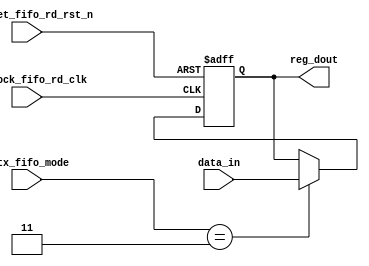
// SPDX-License-Identifier: Apache-2.0
// Copyright (C) 2019 Intel Corporation. 
module aib_adapttxdp_reg (
  input wire         tx_clock_fifo_rd_clk,
  input wire         tx_reset_fifo_rd_rst_n,
  input wire [1:0]   r_tx_fifo_mode,
  input wire [39:0]  data_in,
  
  output reg [39:0] reg_dout
);

always @(posedge tx_clock_fifo_rd_clk or negedge tx_reset_fifo_rd_rst_n) begin
   if (!tx_reset_fifo_rd_rst_n) 
     reg_dout <= {40{1'b0}};
   else if (r_tx_fifo_mode[1:0] == 2'b11) begin
       reg_dout[39:0] <= data_in[39:0];
   end
end

endmodule